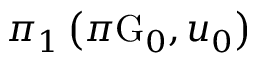
\pi _ { 1 } \left( \pi \mathrm { G } _ { 0 } , u _ { 0 } \right)